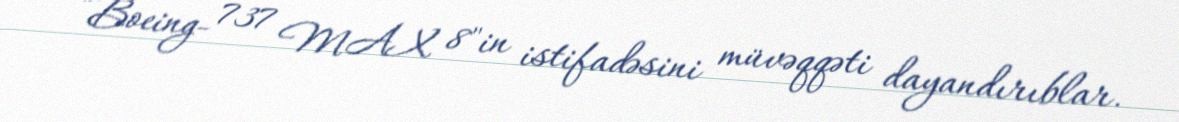
”Boeing- 737 MAX 8"in istifadəsini müvəqqəti dayandırıblar.